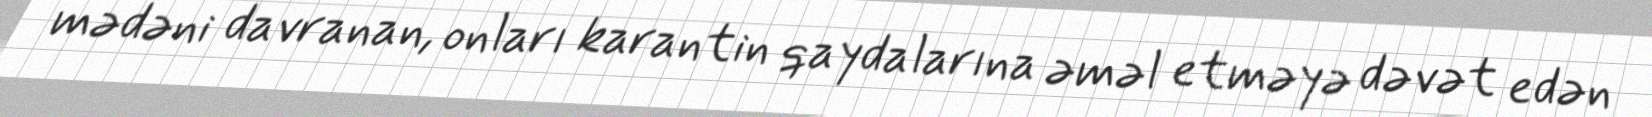
mədəni davranan, onları karantin qaydalarına əməl etməyə dəvət edən